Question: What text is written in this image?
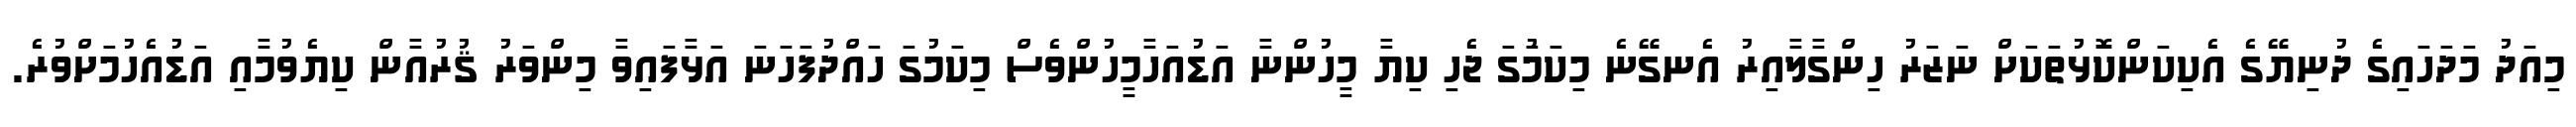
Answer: މިއަދު މަދަހައިގެ ދުނިޔޭގެ އެކިކަންކޮޅުތަކަށް ނަޒަރު ހިންގާލާއިރު އެނގޭނެ މިކަމުަގަ ޖެހި ކިޔާ މީހުންނާ އަޑުއަހާމީހުންވެސް މިކަމުގަ ހައްދުފަހަނަ އަޅާފައިވާ މިންވަރު ޤުރުއާން ކިޔެވުމާއި އަޑުއެހުމަށްވުރެ.